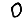
Digit: 0